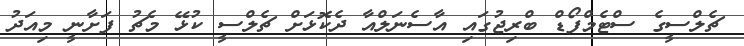
ޗެލްސީގެ ސްޓެމްފޯޑް ބްރިޖުގައި އާސެނަލްއާ ދެކޮޅަށް ޗެލްސީ ކުޅޭ މެޗު ފަށާނީ މިއަދު